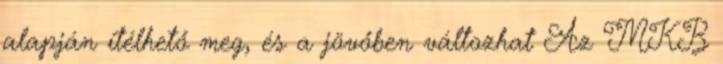
alapján ítélhető meg, és a jövőben változhat Az MKB